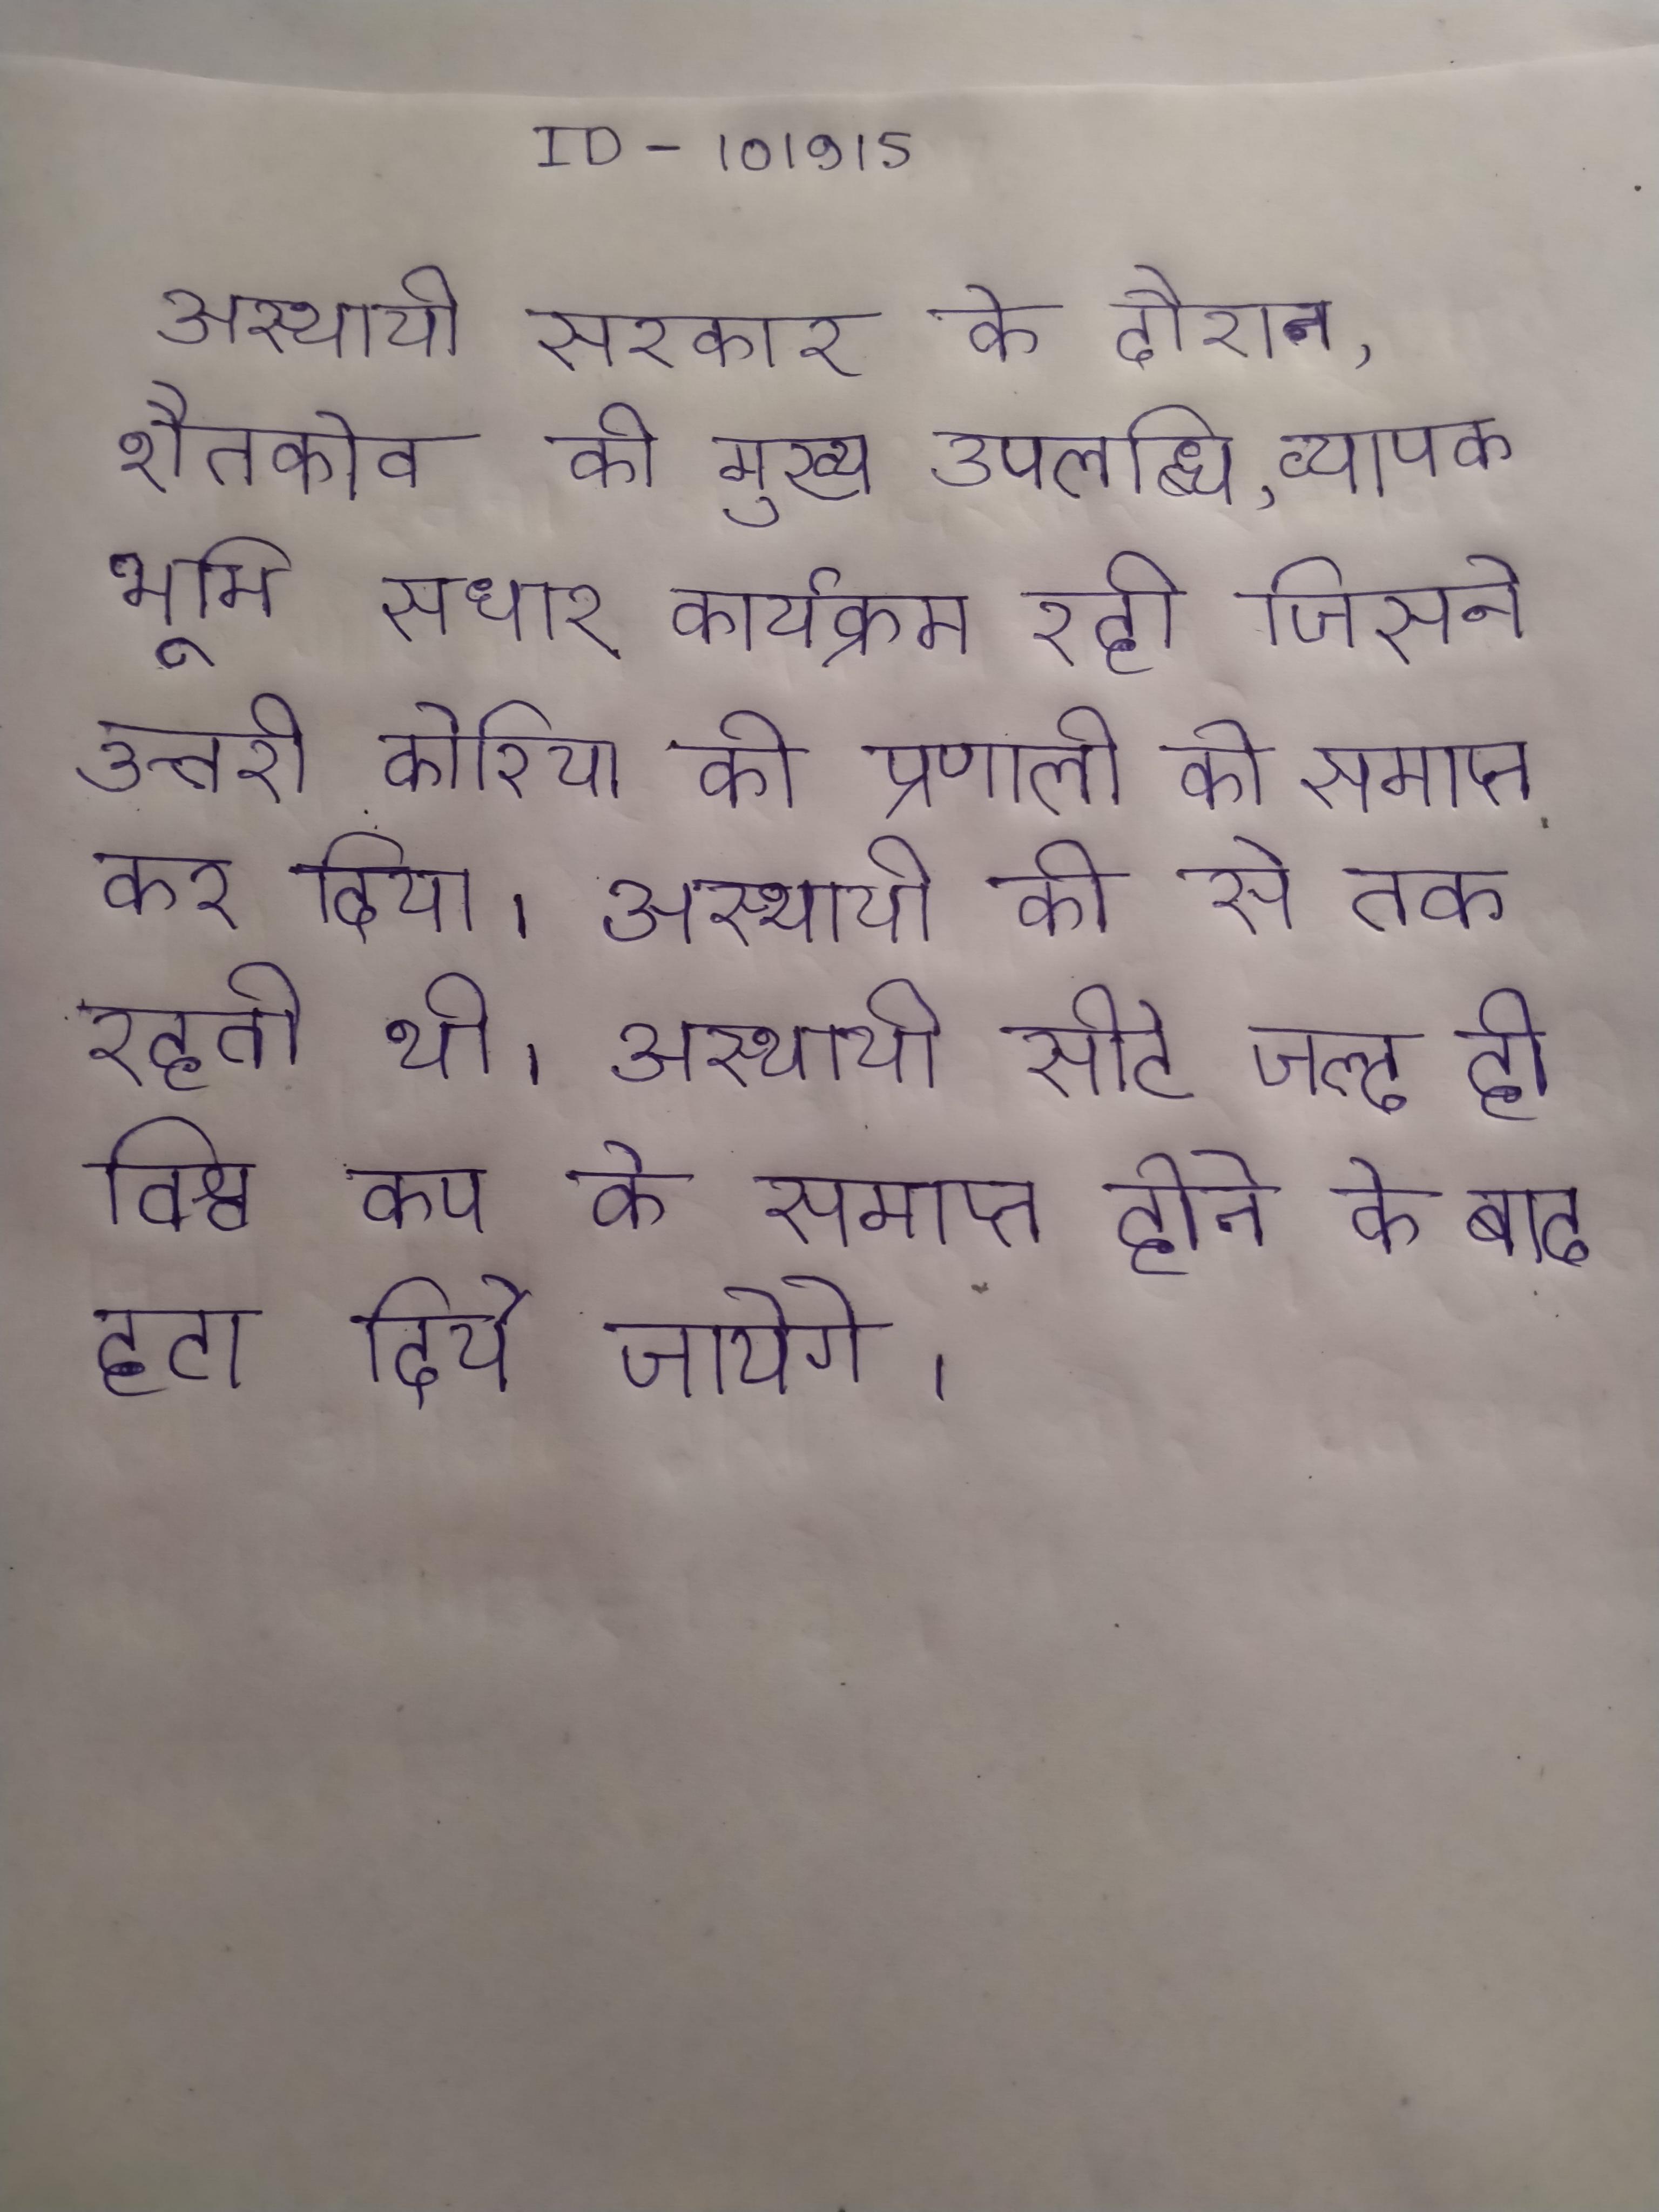
अस्थायी सरकार के दौरान, शैतकोव की मुख्य उपलब्धि, व्यापक भूमि सुधार कार्यक्रम रही जिसने उत्तरी कोरिया की प्रणाली को समाप्त कर दिया । अस्थायी की से तक रहती थी । अस्थायी सीटे जल्द ही विश्व कप के समाप्त होने के बाद हटा दिये जायेगे ।